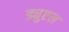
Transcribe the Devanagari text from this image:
ड्युएल